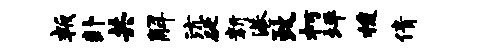
叛卦共解沆砭新港政朽坪梭倩